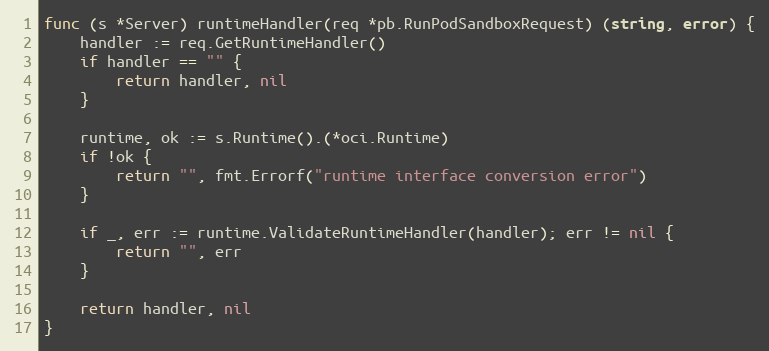
Language: Go
func (s *Server) runtimeHandler(req *pb.RunPodSandboxRequest) (string, error) {
	handler := req.GetRuntimeHandler()
	if handler == "" {
		return handler, nil
	}

	runtime, ok := s.Runtime().(*oci.Runtime)
	if !ok {
		return "", fmt.Errorf("runtime interface conversion error")
	}

	if _, err := runtime.ValidateRuntimeHandler(handler); err != nil {
		return "", err
	}

	return handler, nil
}